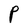
Character: P